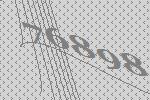
76898